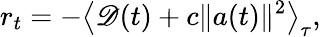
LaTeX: r_{t}=-\left<\mathscr{D}(t)+c\| a(t)\| ^{2}\right>_{\tau},